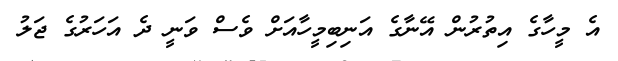
އެ މީހާގެ އިތުރުން އޭނާގެ އަނިބިމީހާއަށް ވެސް ވަނީ ދެ އަހަރުގެ ޖަލު